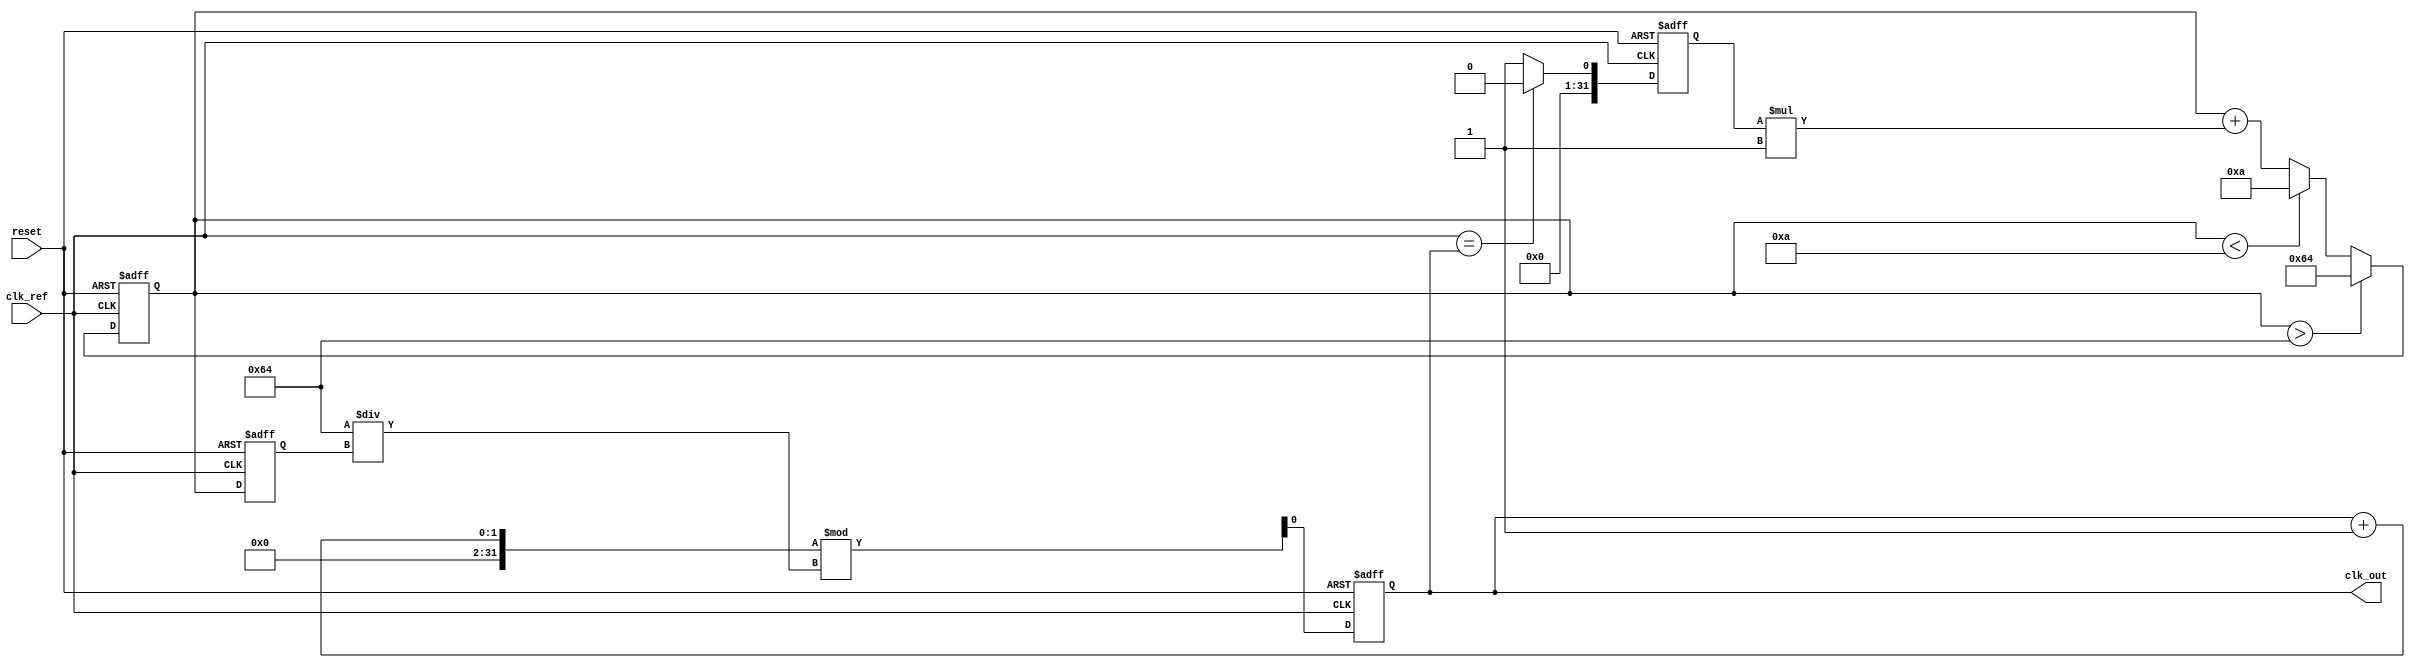
module continuous_time_pll (
    input wire clk_ref,          // Reference clock input
    input wire reset,           // Reset signal
    output wire clk_out         // Output clock
);

    // Parameters for the PLL
    parameter integer VCO_MAX_FREQ = 100; // Maximum VCO frequency (in MHz)
    parameter integer VCO_MIN_FREQ = 10;   // Minimum VCO frequency (in MHz)
    parameter integer LOOP_FILTER_GAIN = 1; // Gain of the loop filter

    // Internal signals
    reg [31:0] phase_error;       // Phase error signal
    reg [31:0] control_voltage;    // Control voltage for the VCO
    reg [31:0] vco_frequency;      // Current frequency of the VCO
    reg clk_vco;                   // VCO output clock

    // Phase Detector (PD)
    always @(posedge clk_ref or posedge reset) begin
        if (reset) begin
            phase_error <= 0;
        end else begin
            // Simple phase detection logic (can be improved)
            // Here we assume clk_vco is the feedback clock
            phase_error <= (clk_ref == clk_vco) ? 0 : 1; // Example phase error calculation
        end
    end

    // Loop Filter
    always @(posedge clk_ref or posedge reset) begin
        if (reset) begin
            control_voltage <= 0;
        end else begin
            // Simple first-order loop filter (can be improved)
            control_voltage <= control_voltage + (phase_error * LOOP_FILTER_GAIN);
            // Clamp control voltage to VCO limits
            if (control_voltage > VCO_MAX_FREQ) begin
                control_voltage <= VCO_MAX_FREQ;
            end else if (control_voltage < VCO_MIN_FREQ) begin
                control_voltage <= VCO_MIN_FREQ;
            end
        end
    end

    // Voltage-Controlled Oscillator (VCO)
    always @(posedge clk_ref or posedge reset) begin
        if (reset) begin
            vco_frequency <= VCO_MIN_FREQ; // Start at minimum frequency
            clk_vco <= 0;
        end else begin
            // Update VCO frequency based on control voltage
            vco_frequency <= control_voltage;

            // Generate VCO output clock based on frequency
            // Here we assume a simple clock divider for demonstration
            clk_vco <= (clk_vco + 1) % (100 / vco_frequency); // Adjust the divider based on frequency
        end
    end

    // Output clock generation
    assign clk_out = clk_vco;

endmodule